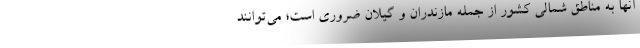
آنها به مناطق شمالی کشور از جمله مازندران و گیلان ضروری است؛ می‌توانند